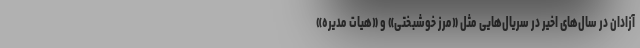
آزادان در سال‌های اخیر در سریال‌هایی مثل «مرز خوشبختی» و «هیات مدیره»